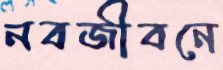
নবজীবনে